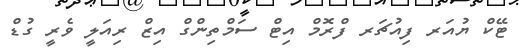
ޓޭކް ޔުއަރ ފިއުޗަރ ފްރޮމް އިޓް ސަމްތިންގް އިޒް ރިއަލީ ވެރީ ގުޑް